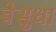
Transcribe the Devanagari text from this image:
बेसुधा